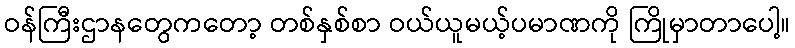
ဝန်ကြီးဌာနတွေကတော့ တစ်နှစ်စာ ဝယ်ယူမယ့်ပမာဏကို ကြိုမှာတာပေါ့။